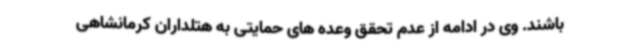
باشند. وی در ادامه از عدم تحقق وعده های حمایتی به هتلداران کرمانشاهی